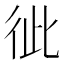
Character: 𢓗